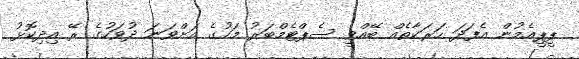
ޕީޕީއެމުން އެފަދަ ހަރަކާތެއް ބޭއްވީ ސެޕްޓެމްބަރު މަހުގެ އަށްވަނަ ދުވަހުގެ ރޭ އިދިކޮޅު